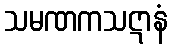
သမဏကသဋာနံ